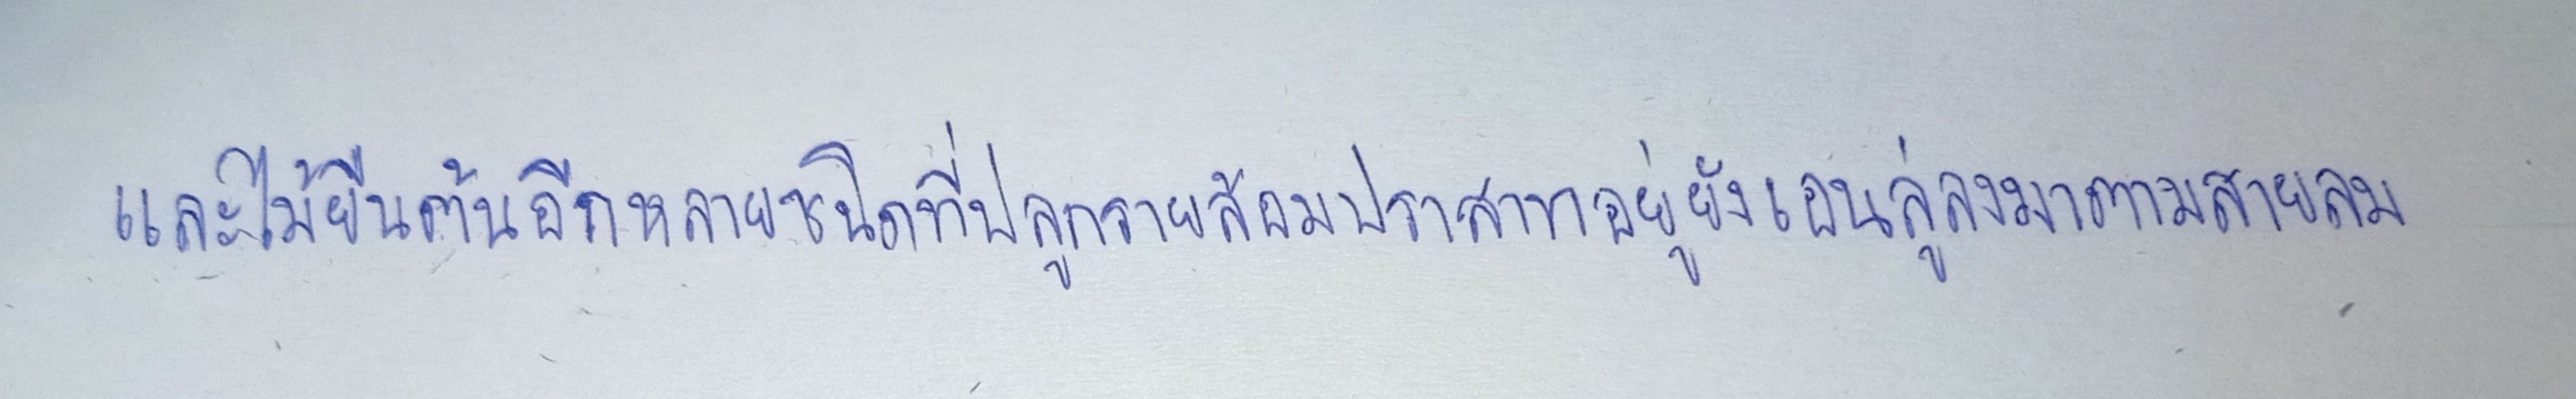
และไม้ยืนต้นอีกหลายชนิดที่ปลูกรายล้อมปราสาทอยู่ยังเอนลู่ลงมาตามสายลม